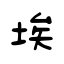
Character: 埃